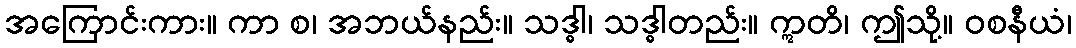
အကြောင်းကား။ ကာ စ၊ အဘယ်နည်း။ သဒ္ဓါ၊ သဒ္ဓါတည်း။ ဣတိ၊ ဤသို့။ ဝစနီယံ၊